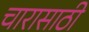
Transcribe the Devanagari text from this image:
चारासाठी